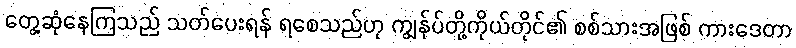
တွေ့ဆုံနေကြသည် သတ်ပေးရန် ရစေသည်ဟု ကျွန်ုပ်တို့ကိုယ်တိုင်၏ စစ်သားအဖြစ် ကားဒေတာ